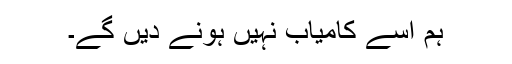
ہم اسے کامیاب نہیں ہونے دیں گے۔